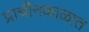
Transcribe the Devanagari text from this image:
प्राचीनकाळात